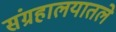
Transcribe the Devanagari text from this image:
संग्रहालयातले